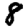
Digit: 8